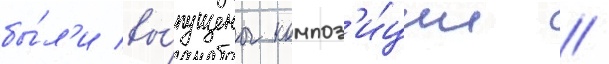
бы́л'и вы́пущены композ'и́ции /